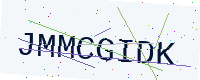
Text: JMMCGIDK